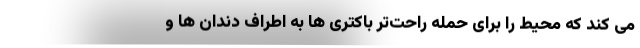
می کند که محیط را برای حمله راحت‌تر باکتری ها به اطراف دندان ها و